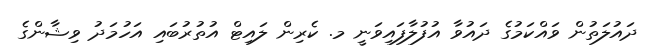
ދައުލަތުން ވައްކަމުގެ ދައުވާ އުފުލާފައިވަނީ މ. ކެރިން ލައިޓް އުތުރުބައި އަހުމަދު ވިޝާންގެ